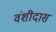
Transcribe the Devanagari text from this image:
वंशीदास